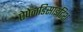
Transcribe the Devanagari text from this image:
ऐपेनडिसाइटिश